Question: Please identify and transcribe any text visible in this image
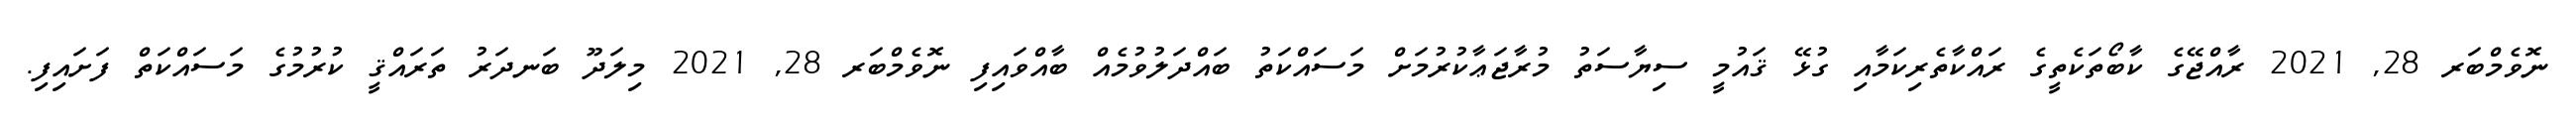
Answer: ނޮވެމްބަރ 28, 2021 ރާއްޖޭގެ ކާބޯތަކެތީގެ ރައްކާތެރިކަމާއި ގުޅޭ ޤައުމީ ސިޔާސަތު މުރާޖަޢާކުރުމަށް މަސައްކަތު ބައްދަލުވުމެއް ބާއްވައިފި ނޮވެމްބަރ 28, 2021 މިލަދޫ ބަނދަރު ތަރައްޤީ ކުރުމުގެ މަސައްކަތް ފަށައިފި.